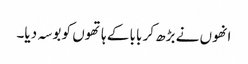
انھوں نے بڑھ کر بابا کے ہاتھوں کو بوسہ دیا۔